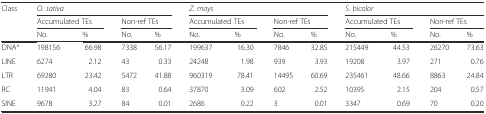
<table><thead><tr><td rowspan="3"><b>Class</b></td><td colspan="4"><b><i>O. sativa</i></b></td><td colspan="4"><b><i>Z. mays</i></b></td><td colspan="4"><b><i>S. bicolor</i></b></td></tr><tr><td colspan="2"><b>Accumulated TEs</b></td><td colspan="2"><b>Non-ref TEs</b></td><td colspan="2"><b>Accumulated TEs</b></td><td colspan="2"><b>Non-ref TEs</b></td><td colspan="2"><b>Accumulated TEs</b></td><td colspan="2"><b>Non-ref TEs</b></td></tr><tr><td><b>No.</b></td><td><b>%</b></td><td><b>No.</b></td><td><b>%</b></td><td><b>No.</b></td><td><b>%</b></td><td><b>No.</b></td><td><b>%</b></td><td><b>No.</b></td><td><b>%</b></td><td><b>No.</b></td><td><b>%</b></td></tr></thead><tbody><tr><td>DNA<sup>a</sup></td><td>198156</td><td>66.98</td><td>7338</td><td>56.17</td><td>199637</td><td>16.30</td><td>7846</td><td>32.85</td><td>215449</td><td>44.53</td><td>26270</td><td>73.63</td></tr><tr><td>LINE</td><td>6274</td><td>2.12</td><td>43</td><td>0.33</td><td>24248</td><td>1.98</td><td>939</td><td>3.93</td><td>19208</td><td>3.97</td><td>271</td><td>0.76</td></tr><tr><td>LTR</td><td>69280</td><td>23.42</td><td>5472</td><td>41.88</td><td>960319</td><td>78.41</td><td>14495</td><td>60.69</td><td>235461</td><td>48.66</td><td>8863</td><td>24.84</td></tr><tr><td>RC</td><td>11941</td><td>4.04</td><td>83</td><td>0.64</td><td>37870</td><td>3.09</td><td>602</td><td>2.52</td><td>10395</td><td>2.15</td><td>204</td><td>0.57</td></tr><tr><td>SINE</td><td>9678</td><td>3.27</td><td>84</td><td>0.01</td><td>2686</td><td>0.22</td><td>3</td><td>0.01</td><td>3347</td><td>0.69</td><td>70</td><td>0.20</td></tr></tbody></table>